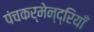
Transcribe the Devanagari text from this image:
पंचकर्मेन्द्रियाँ